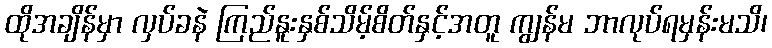
ထိုအချိန်မှာ လှပ်ခနဲ ကြည်နူးနှစ်သိမ့်စိတ်နှင့်အတူ ကျွန်မ ဘာလုပ်ရမှန်းမသိ၊